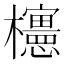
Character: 𣠣